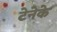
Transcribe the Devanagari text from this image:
टेनेके